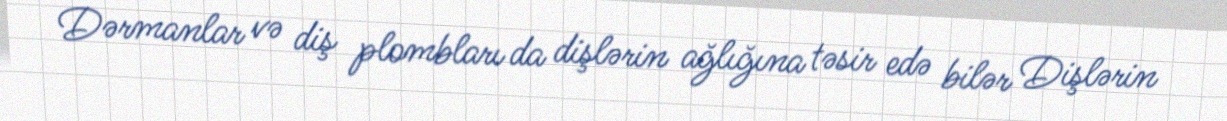
Dərmanlar və diş plombları da dişlərin ağlığına təsir edə bilər Dişlərin